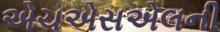
એચએસએલની